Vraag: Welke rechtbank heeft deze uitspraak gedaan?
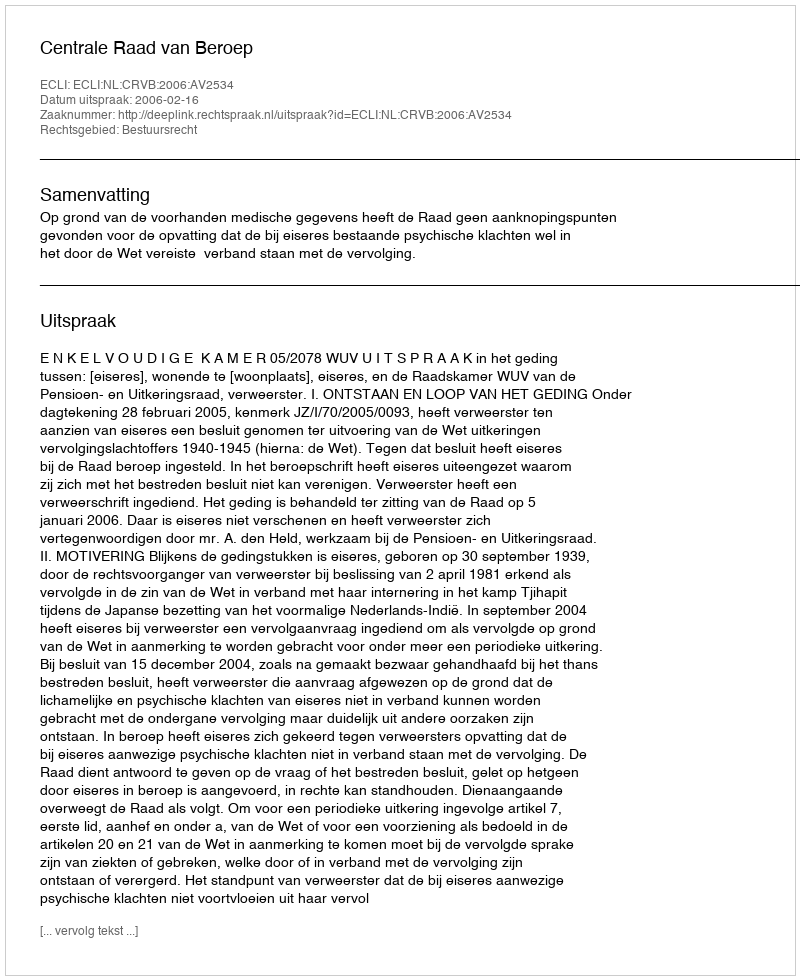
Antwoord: Centrale Raad van Beroep